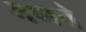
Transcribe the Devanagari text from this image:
मणचे